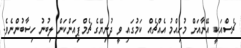
ޗެސްއަކީ އޭނާއަށް މުހިއްމު އެއްޗެއް ކަމުގައި ވީ ދުނިޔޭގެ ޗެމްޕިއަންކަން ލިބުނު ހިސާބުންނެވެ.